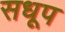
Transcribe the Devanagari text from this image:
सधूप